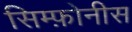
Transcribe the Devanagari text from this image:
सिम्फ़ोनीस